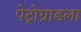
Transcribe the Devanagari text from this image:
पेट्रोग्राडला